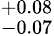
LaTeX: ^{+0.08}_{-0.07}